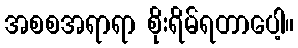
အစစအရာရာ စိုးရိမ်ရတာပေါ့။